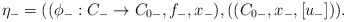
\begin{align*}\eta_-=((\phi_-:C_-\rightarrow C_{0-},f_-,x_-),((C_{0-},x_-,[u_-])).\end{align*}